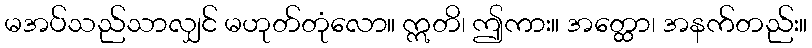
မအပ်သည်သာလျှင် မဟုတ်တုံလော။ ဣတိ၊ ဤကား။ အတ္ထော၊ အနက်တည်း။